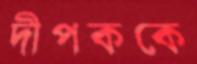
দীপককে